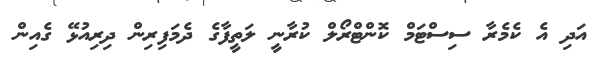
އަދި އެ ކެމެރާ ސިސްޓަމް ކޮންޓްރޯލް ކުރާނީ ލަތީފާގެ ދެމަފިރިން ދިރިއުޅޭ ގެއިން